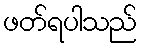
ဖတ်ရပါသည်